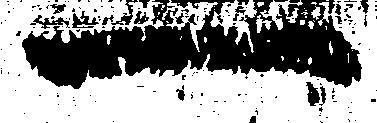
一